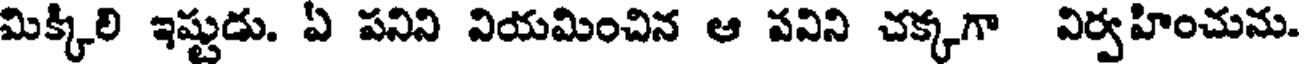
మిక్కిలి ఇష్టుడు. ఏ పనిని వియమించిన ఆ వవిని చక్కగా విర్వహించును.